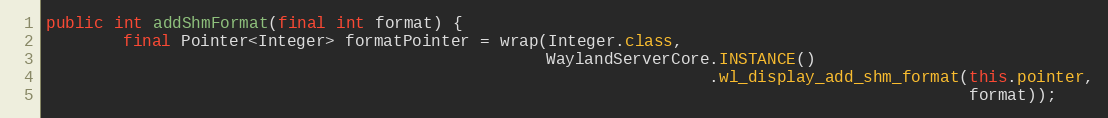
Language: Java
public int addShmFormat(final int format) {
        final Pointer<Integer> formatPointer = wrap(Integer.class,
                                                    WaylandServerCore.INSTANCE()
                                                                     .wl_display_add_shm_format(this.pointer,
                                                                                                format));